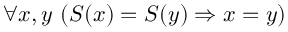
\forall x , y \ ( S ( x ) = S ( y ) \Rightarrow x = y )